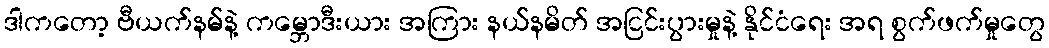
ဒါကတော့ ဗီယက်နမ်နဲ့ ကမ္ဘောဒီးယား အကြား နယ်နမိတ် အငြင်းပွားမှုနဲ့ နိုင်ငံရေး အရ စွက်ဖက်မှုတွေ